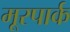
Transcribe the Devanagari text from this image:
मूरपार्क